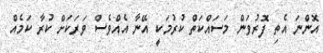
އޮންނަ އެތި ފޮރުވަން މަސައްކަތް ކުރުމަކީ އޭނާ އެއްވެސް ވަރަކަށް ކުރާ ކަމެއް